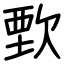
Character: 歅